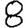
Digit: 8